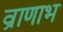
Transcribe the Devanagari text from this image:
व्राणाभ